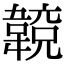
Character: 𩏈